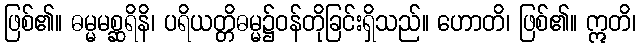
ဖြစ်၏။ ဓမ္မမစ္ဆရိနိ၊ ပရိယတ္တိဓမ္မ၌ဝန်တိုခြင်းရှိသည်။ ဟောတိ၊ ဖြစ်၏။ ဣတိ၊